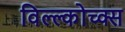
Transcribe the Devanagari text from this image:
विल्ल्कोच्क्स